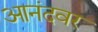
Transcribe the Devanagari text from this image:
आनंदवर